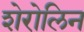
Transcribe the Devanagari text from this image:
शेरोलिन